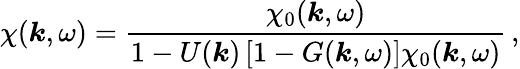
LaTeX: \chi(\boldsymbol{k},\omega)=\frac{\chi_{0}(\boldsymbol{k},\omega)}{1-U(\boldsymbol{k})\left[1-G(\boldsymbol{k},\omega)\right]\chi_{0}(\boldsymbol{k},\omega)}\, ,